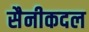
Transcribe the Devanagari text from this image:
सैनीकदल